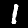
Digit: 1